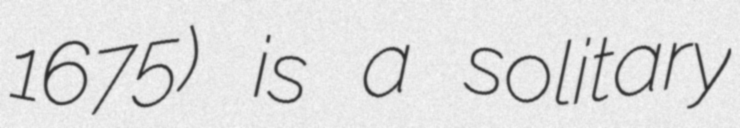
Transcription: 1675) is a solitary